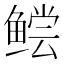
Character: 鲿